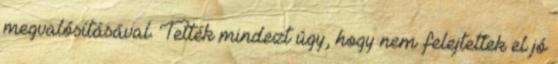
megvalósításával. Tették mindezt úgy, hogy nem felejtettek el jó